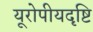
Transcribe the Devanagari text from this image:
यूरोपीयदृष्टि